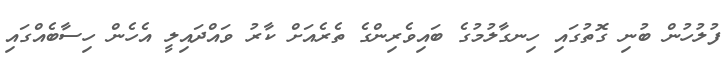
ފުލުހުން ބުނި ގޮތުގައި ހިނގާލުމުގެ ބައިވެރިންގެ ތެރެއަށް ކާރު ވައްދައިލީ އެހެން ހިސާބެއްގައި